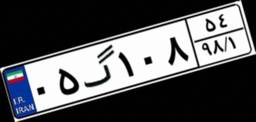
۰۵گ۱۰۸۵۴